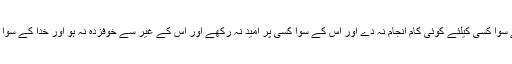
اگر کوئی بندہ اس معرفت پر فائز ہو جائے کہ خداکے سوا کسی کیلئے کوئی کام انجام نہ دے اور اس کے سوا کسی پر امید نہ رکھے اور اس کے غیر سے خوفزدہ نہ ہو اور خدا کے سوا کسی سے طمع نہ رکھے تو یہ وہی خدا پر توکل ہے۔